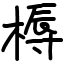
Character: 槈